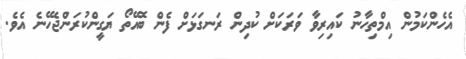
އެހެންކަމުން އިމްތިހާނު ކައިރިވާ ވަރަކަށް ކުދިން ރަނގަޅަށް ފެން ބޮއޭތޯ ޔަގީންކުރަންޖެހޭނެ އެވެ.